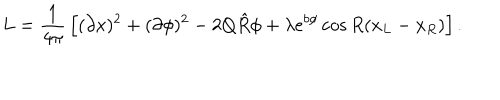
LaTeX: L = { \frac { 1 } { 4 \pi } } \left[ ( \partial x ) ^ { 2 } + ( \partial \phi ) ^ { 2 } - 2 Q \hat { R } \phi + \lambda e ^ { b \phi } \cos R ( x _ { L } - x _ { R } ) \right] .